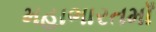
મહાભારતમાઁ